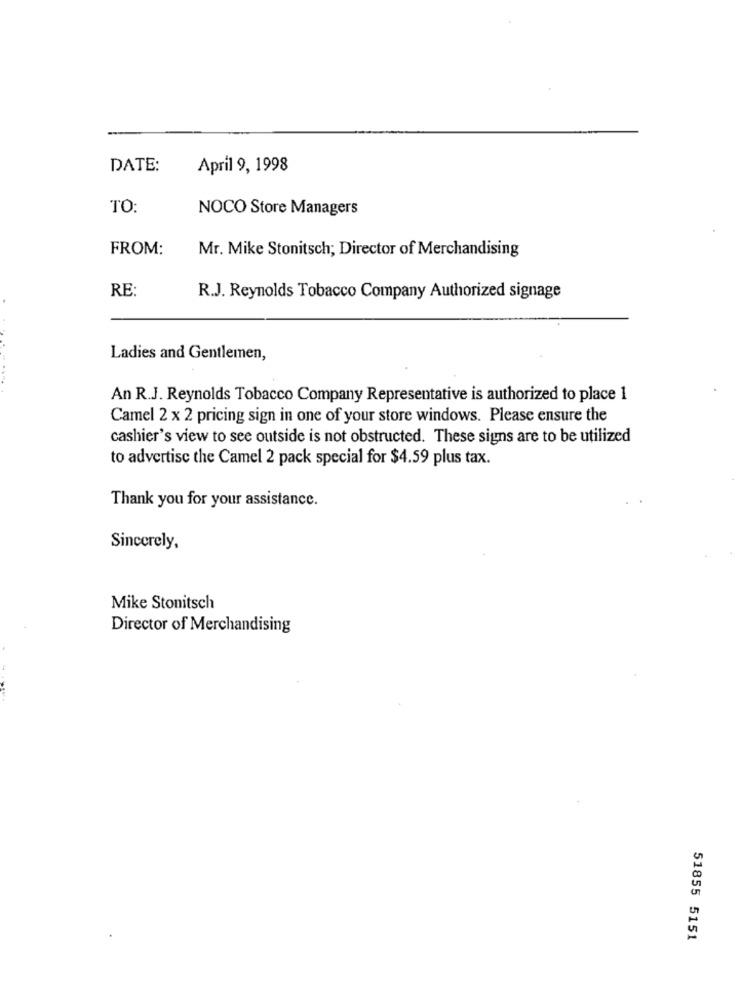
DATE:
April 9, 1998
TO:
NOCO Store Managers
FROM:
Mr. Mike Stonitsch; Director of Merchandising
RE:
R.J. Reynolds Tobacco Company Authorized signage
Ladies and Gentlemen,
An R.J. Reynolds Tobacco Company Representative is authorized to place 1
Camel 2 x 2 pricing sign in one of your store windows. Please ensure the
cashier's view to see outside is not obstructed. These signs are to be utilized
to advertise the Camel 2 pack special for $4.59 plus tax.
Thank you for your assistance.
Sincerely,
Mike Stonitsch
Director of Merchandising
51855 5151